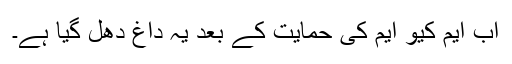
اب ایم کیو ایم کی حمایت کے بعد یہ داغ دھل گیا ہے۔